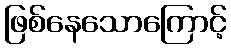
ဖြစ်နေသောကြောင့်